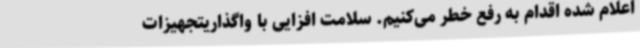
اعلام شده اقدام به رفع خطر می‌کنیم. سلامت افزایی با واگذاریتجهیزات